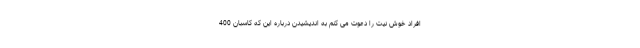
افراد خوش نیت را دعوت می کنم به اندیشیدن درباره این که کاسبان 400